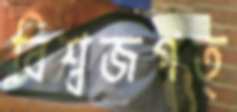
বিশ্বজগত্